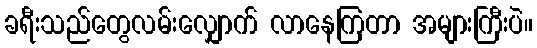
ခရီးသည်တွေလမ်းလျှောက် လာနေကြတာ အများကြီးပဲ။